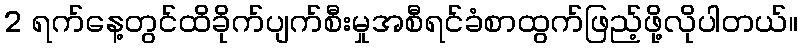
2 ရက်နေ့တွင်ထိခိုက်ပျက်စီးမှုအစီရင်ခံစာထွက်ဖြည့်ဖို့လိုပါတယ်။